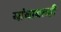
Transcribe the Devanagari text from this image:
यांबाबतही